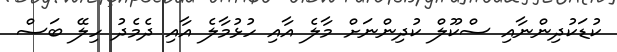
ކުޑަކުދިންނާއި ސްކޫލް ކުދިންނަށް މާލެ އާއި ހުޅުމާލެ އާއި ދެމެދު ހިލޭ ބަސް